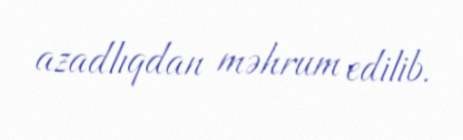
azadlıqdan məhrum edilib.